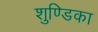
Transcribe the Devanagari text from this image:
शुण्डिका